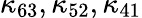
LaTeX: \kappa_{63},\kappa_{52},\kappa_{41}